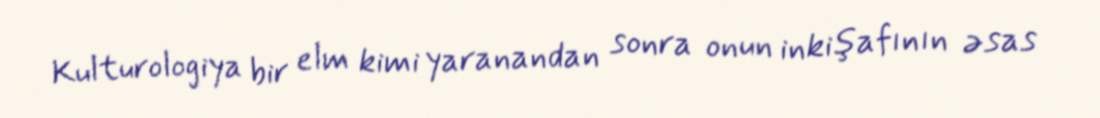
Kulturologiya bir elm kimi yaranandan sonra onun inkişafının əsas